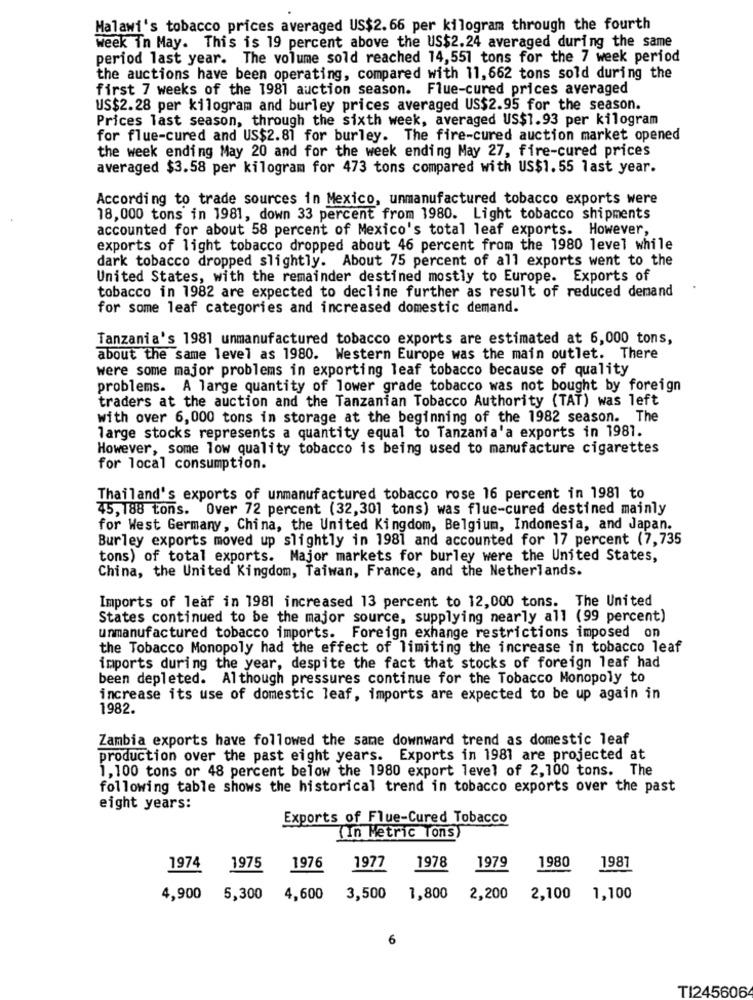
Malawi's tobacco prices averaged US$2.66 per kilogram through the fourth
week in May. This is 19 percent above the US$2.24 averaged during the same
period last year. The volume sold reached 14,551 tons for the 7 week period
the auctions have been operating, compared with 11, 662 tons sold during the
first 7 weeks of the 1981 auction season. Flue-cured prices averaged
US$2.28 per kilogram and burley prices averaged US$2.95 for the season.
Prices last season, through the sixth week, averaged US$1.93 per kilogram
for flue-cured and US$2.81 for burley. The fire-cured auction market opened
the week ending May 20 and for the week ending May 27, fire-cured prices
averaged $3.58 per kilogram for 473 tons compared with US$1. 55 last year.
According to trade sources in Mexico, unmanufactured tobacco exports were
18,000 tons in 1981, down 33 percent from 1980. Light tobacco shipments
accounted for about 58 percent of Mexico's total leaf exports. However,
exports of light tobacco dropped about 46 percent from the 1980 level while
dark tobacco dropped slightly. About 75 percent of all exports went to the
United States, with the remainder destined mostly to Europe. Exports of
tobacco in 1982 are expected to decline further as result of reduced demand
for some leaf categories and increased domestic demand.
Tanzania's 1981 unmanufactured tobacco exports are estimated at 6,000 tons,
about the same level as 1980. Western Europe was the main outlet. There
were some major problems in exporting leaf tobacco because of quality
problems. A large quantity of lower grade tobacco was not bought by foreign
traders at the auction and the Tanzanian Tobacco Authority (TAT) was left
with over 6, 000 tons in storage at the beginning of the 1982 season. The
large stocks represents a quantity equal to Tanzania'a exports in 1981.
However, some low quality tobacco is being used to manufacture cigarettes
for local consumption.
Thailand's exports of unmanufactured tobacco rose 16 percent in 1981 to
45,188 tons. Over 72 percent (32,301 tons) was flue-cured destined mainly
for West Germany, China, the United Kingdom, Belgium, Indonesia, and Japan.
Burley exports moved up slightly in 1981 and accounted for 17 percent (7,735
tons) of total exports. Major markets for burley were the United States,
China, the United Kingdom, Taiwan, France, and the Netherlands.
Imports of leaf in 1981 increased 13 percent to 12,000 tons. The United
States continued to be the major source, supplying nearly all (99 percent)
unmanufactured tobacco imports. Foreign exhange restrictions imposed on
the Tobacco Monopoly had the effect of limiting the increase in tobacco leaf
imports during the year, despite the fact that stocks of foreign leaf had
been depleted. Although pressures continue for the Tobacco Monopoly to
increase its use of domestic leaf, imports are expected to be up again in
1982.
Zambia exports have followed the same downward trend as domestic leaf
production over the past eight years. Exports in 1981 are projected at
1,100 tons or 48 percent below the 1980 export level of 2,100 tons. The
following table shows the historical trend in tobacco exports over the past
eight years:
Exports of Flue-Cured Tobacco
(In Metric Tons)
1980
1974
1975
1976
1977
1978
1979
1987
4,900 5,300
4,600
3,500 1,800
2,200
2,100
1,100
6
TI245606